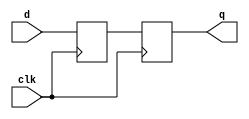
/* Generated by Yosys 0.27+22 (git sha1 53c0a6b78, clang 11.0.1-2 -fPIC -Os) */

module ffd3(d, clk, q);
  reg _0_ = 1'h1;
  reg _1_;
  input clk;
  wire clk;
  input d;
  wire d;
  output q;
  wire q;
  wire sig_q;
  always @(negedge clk)
    _0_ <= d;
  always @(negedge clk)
    _1_ <= sig_q;
  assign sig_q = _0_;
  assign q = _1_;
endmodule